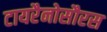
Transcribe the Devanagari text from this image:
टायरैनोसौरस